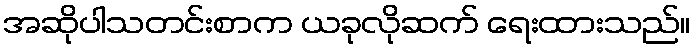
အဆိုပါသတင်းစာက ယခုလိုဆက် ရေးထားသည်။